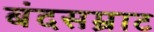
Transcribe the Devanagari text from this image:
बंदसम्राट